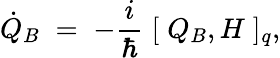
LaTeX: \dot{Q}_{B}\; =\; -\frac{i}{\hbar}\; [\; Q_{B},H\; ]_{q},